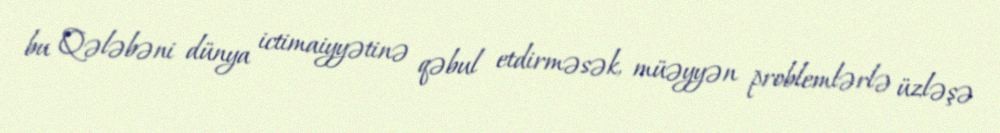
bu Qələbəni dünya ictimaiyyətinə qəbul etdirməsək, müəyyən problemlərlə üzləşə